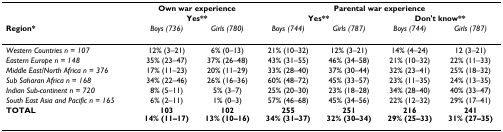
|  | <COLSPAN=2> Own war experience | <COLSPAN=4> Parental war experience |
 |  | <COLSPAN=2> Yes** | <COLSPAN=2> Yes** | <COLSPAN=2> Don't know** |
 | Region* | Boys (736) | Girls (780) | Boys (744) | Girls (787) | Boys (744) | Girls (787) |
 | --- | --- | --- | --- | --- | --- | --- |
 | Western Countries n = 107 | 12% (3–21) | 6% (0–13) | 21% (10–32) | 12% (3–21) | 14% (4–24) | 12 (3–21) |
 | Eastern Europe n = 148 | 35% (23–47) | 37% (26–48) | 43% (31–55) | 46% (34–58) | 21% (10–32) | 22% (11–33) |
 | Middle East/North Africa n = 376 | 17% (11–23) | 20% (11–29) | 33% (28–40) | 37% (30–44) | 32% (23–41) | 25% (18–32) |
 | Sub Saharan Africa n = 168 | 34% (22–46) | 26% (16–36) | 60% (48–72) | 45% (33–57) | 23% (11–35) | 24% (13–35) |
 | Indian Sub-continent n = 720 | 8% (5–11) | 5% (3–7) | 25% (20–30) | 23% (18–28) | 34% (28–40) | 40% (33–47) |
 | South East Asia and Pacific n = 165 | 6% (2–11) | 1% (0–3) | 57% (46–68) | 45% (34–56) | 22% (12–32) | 29% (17–41) |
 | TOTAL | 10314% (11–17) | 10213% (10–16) | 25534% (31–37) | 25132% (30–34) | 21629% (25–33) | 24131% (27–35) |